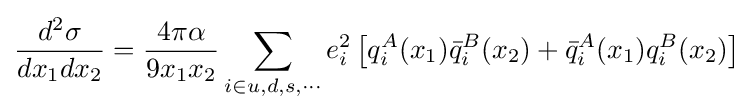
{\frac {d^{2}\sigma }{dx_{1}dx_{2}}}={\frac {4\pi \alpha }{9x_{1}x_{2}}}\sum _{i\in u,d,s,\cdots }e_{i}^{2}\left[q_{i}^{A}(x_{1}){\bar {q}}_{i}^{B}(x_{2})+{\bar {q}}_{i}^{A}(x_{1})q_{i}^{B}(x_{2})\right]